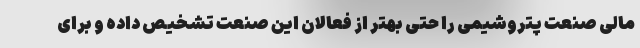
مالی صنعت پتروشیمی را حتی بهتر از فعالان این صنعت تشخیص داده و برای